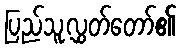
ပြည်သူ့လွှတ်တော်၏